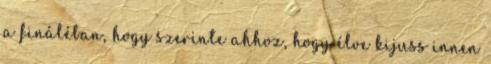
a fináléban, hogy szerinte ahhoz, hogy élve kijuss innen